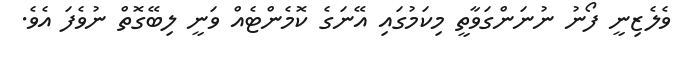
ވެލެޒިނީ ފޯނު ނުނަންގަވާތީ މިކަމުގައި އޭނަގެ ކޮމެންޓެއް ވަނީ ލިބޭގޮތް ނުވެފަ އެވެ.